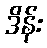
ဒိန်း